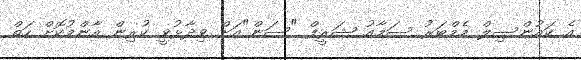
އެ ކައުންސިލް މެމްބަރު ސަމާއު ޝަރީފް "ސަން"އަށް ވިދާޅުވީ ކުރިން އާންމުކޮށް ހަތް